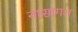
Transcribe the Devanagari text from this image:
नासागत